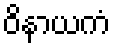
ဝိနာယကံ